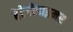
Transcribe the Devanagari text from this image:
हेटेरोडाइमर